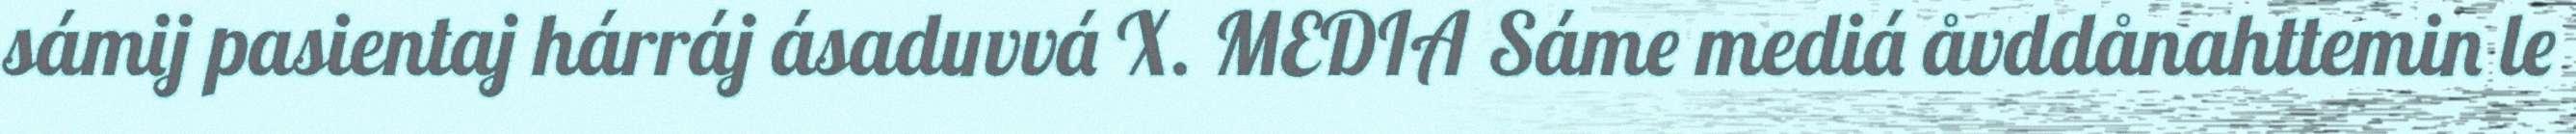
sámij pasientaj hárráj ásaduvvá X. MEDIA Sáme mediá åvddånahttemin le